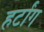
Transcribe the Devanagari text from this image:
हर्टांग